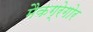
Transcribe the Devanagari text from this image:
मैकग्रेगोर